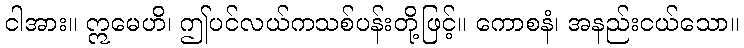
ငါအား။ ဣမေဟိ၊ ဤပင်လယ်ကသစ်ပန်းတို့ဖြင့်။ ကောစနံ၊ အနည်းငယ်သော။